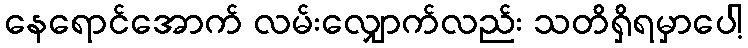
နေရောင်အောက် လမ်းလျှောက်လည်း သတိရှိရမှာပေါ့